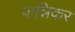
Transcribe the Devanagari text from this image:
पान्निकर